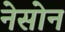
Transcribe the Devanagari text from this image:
नेसोन